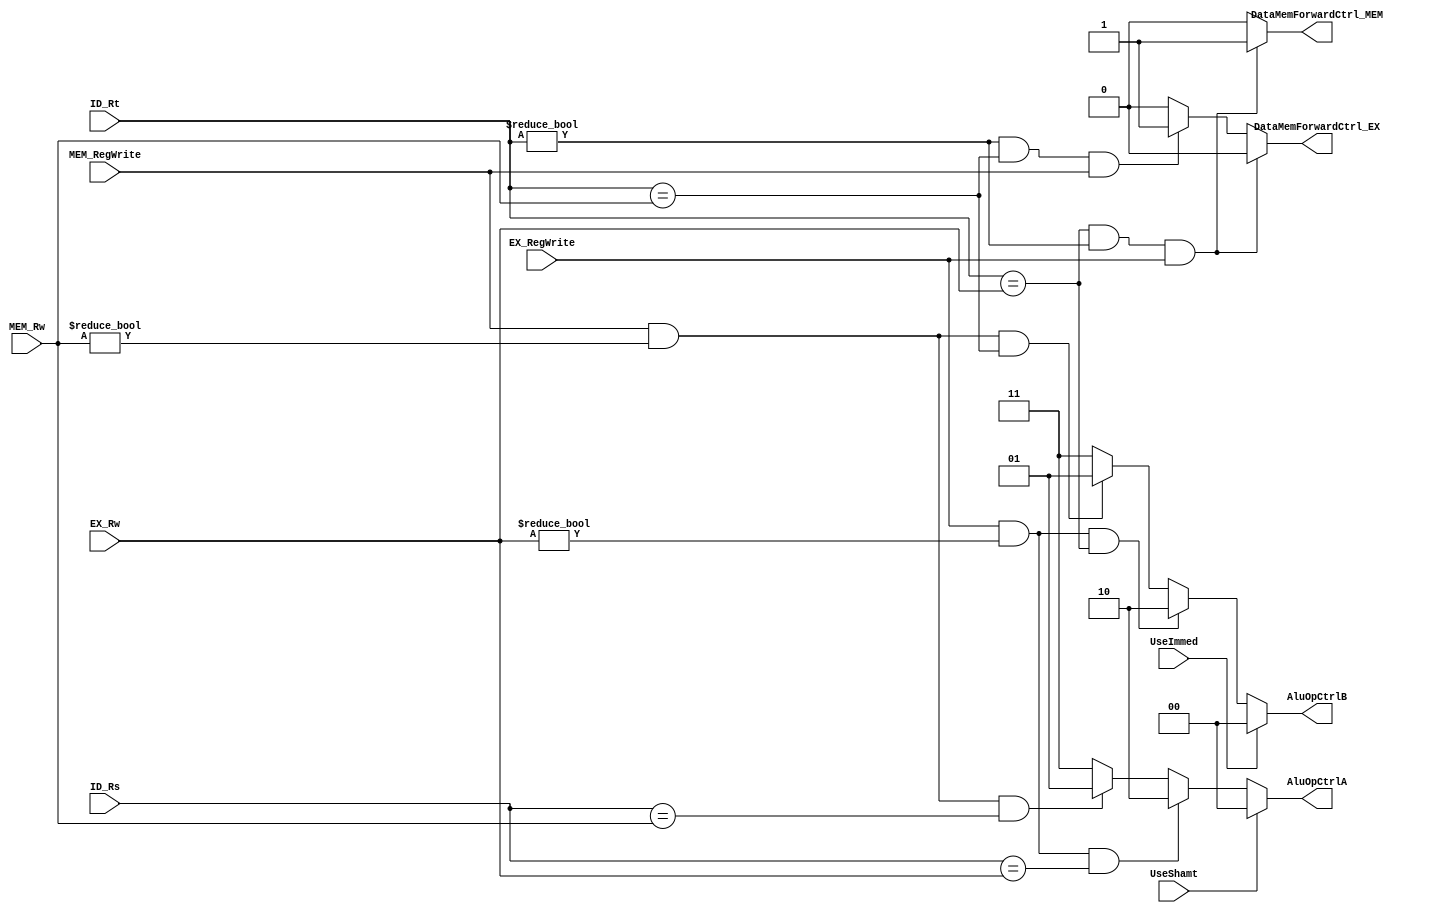
`timescale 1ns / 1ps
//////////////////////////////////////////////////////////////////////////////////
// Company: 
// Engineer: 
// 
// Design Name: 
// Module Name: ForwardingUnit
// Project Name: 
// Target Devices: 
// Tool Versions: 
// Description: 
// 
// Dependencies: 
// 
// Revision:
// Revision 0.01 - File Created
// Additional Comments:
// 
//////////////////////////////////////////////////////////////////////////////////


module ForwardingUnit ( UseShamt , UseImmed , ID_Rs , ID_Rt , EX_Rw , MEM_Rw,
EX_RegWrite , MEM_RegWrite , AluOpCtrlA , AluOpCtrlB , DataMemForwardCtrl_EX ,
DataMemForwardCtrl_MEM );
//defining inputs
input UseShamt , UseImmed ;
input [ 4 : 0 ] ID_Rs , ID_Rt , EX_Rw , MEM_Rw;
input EX_RegWrite, MEM_RegWrite;
//ID_Rs & ID_Rt are the [25:21] and [20:16] of the instruction line.
// stage 3 logic -->   EX_Rw <= RegDst ? rd : rt  -- this is the execute stage i.e ID/EX pipeline register value
// stage 4 logic -->   MEM_Rw <= EX_Rw;
//EX_RegWrite ?
//MEM_RegWrite ?
//defining outputs
//check destination register from execute and memory stage and compare it with rs and  rt registers from id stage , if the 
//register address matches with any one of these then forwarding accordingly
output reg [ 1 : 0 ] AluOpCtrlA , AluOpCtrlB ;
output reg DataMemForwardCtrl_EX , DataMemForwardCtrl_MEM ;
//UseImmed & MEM_RegWrite & EX_RegWrite for ALUopCtrlB
//UseShamt & MEM_RegWrite & EX_RegWrite for ALUOpCtrlA
//wire [3:0] test ;
//assign test =(UseShamt<<3) + (UseImmed<<2) + (MEM_RegWrite<<1) + (EX_RegWrite);
//main module starts
//--------------combinational logic only------------------
always @ (ID_Rs or ID_Rt or EX_Rw or MEM_Rw or EX_RegWrite or MEM_RegWrite or UseShamt or UseImmed)begin
//CASE OF USESHAMT AND USEIMMED
   if (UseShamt) begin
                  
                    AluOpCtrlA = 0;
                    //AluOpCtr
                  
   end     
   else if( EX_RegWrite == 1 & EX_Rw!=0 & (ID_Rs==EX_Rw)) begin
                    
                        AluOpCtrlA =2;
                    
                   
   end
                  
   else if(MEM_RegWrite==1 & MEM_Rw!=0 & ID_Rs==MEM_Rw) begin
                    
                       AluOpCtrlA =1;
                  
                    
   end
   else begin
        AluOpCtrlA=3;
   end          
    
    //now for ALuopctrlB    
   if(UseImmed) begin
     AluOpCtrlB = 0;
   end     
   
   else if( EX_RegWrite == 1 & EX_Rw!=0 & ID_Rt==EX_Rw) begin
                       
                           AluOpCtrlB =2;
                        
                      
      end
                     
      else if(MEM_RegWrite==1 & MEM_Rw!=0 & ID_Rt==MEM_Rw) begin
                     
                          AluOpCtrlB =1;
                       
                       
      end
      else begin
           AluOpCtrlB=3;
      end
         
/*In the case of an immediate type instruction or a shift instruction that makes use of the shamt
field, we need not forward any data. Thus, the UseShamt and UseImmed signals from the control
unit must be routed into the forwarding unit. In either of those cases, we simply select the
appropriate field from the current instruction.
*/


        
end
//
//PRIORITY ALSO TO BE CHECKED - latest values to be forwarded - to be added later on 

//Datamemory 
always @(ID_Rt or EX_Rw or EX_RegWrite or MEM_Rw or MEM_RegWrite ) begin
    if(ID_Rt == EX_Rw && ID_Rt!=0 && EX_RegWrite==1) begin
        DataMemForwardCtrl_MEM = 1;
        DataMemForwardCtrl_EX = 0;
    end
    else if(ID_Rt !=0 && ID_Rt == MEM_Rw && MEM_RegWrite==1)begin
        DataMemForwardCtrl_MEM = 0; //default
        DataMemForwardCtrl_EX = 1;
    end


    
    else begin
        DataMemForwardCtrl_EX = 0; //default
        DataMemForwardCtrl_MEM = 0;
    end
end



endmodule